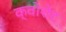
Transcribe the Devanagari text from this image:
क्वोशेंट